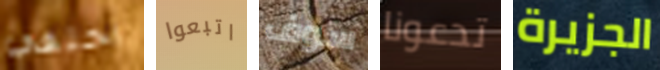
اختفي اتبعوا سوف تدعونا الجزيرة